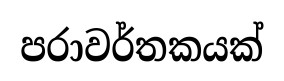
පරාවර්තකයක්